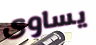
يساوى